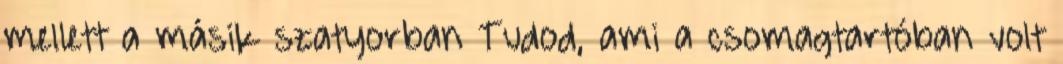
mellett a másik szatyorban Tudod, ami a csomagtartóban volt